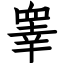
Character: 睾